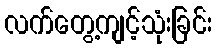
လက်တွေ့ကျင့်သုံးခြင်း